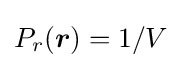
P_{r}({\boldsymbol {r}})=1/V